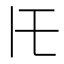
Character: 𪜈